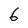
Character: 6